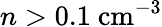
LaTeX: n>0.1{\mathrm{~cm}}^{-3}